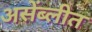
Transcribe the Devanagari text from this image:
असेंब्लीत